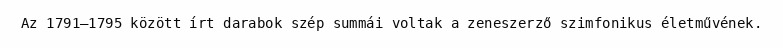
Az 1791–1795 között írt darabok szép summái voltak a zeneszerző szimfonikus életművének.